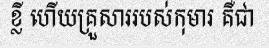
ខ្លី ហើយគ្រួសាររបស់កុមារ គឺជា